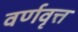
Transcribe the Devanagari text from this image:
वर्णवृत्त